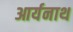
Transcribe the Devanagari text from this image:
आर्यनाथ